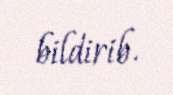
bildirib.